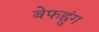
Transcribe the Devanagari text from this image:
बेफह्रुंग